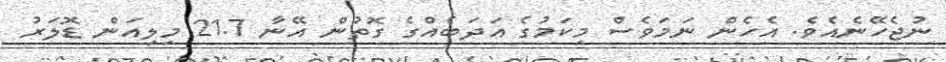
ނުޖެހޭނެއެވެ. އެހެން ނަމަވެސް މިކަމުގެ އަދަބެއްގެ ގޮތުން އޭނާ 21.7 މިލިއަން ޑޮލަރު